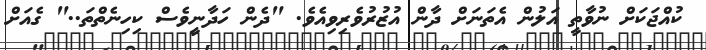
ކުއްޖަކަށް ނުވާތީ އަލުން އެތަނަށް ދާން އުޒުރުވެރިވިއެވެ. "ދެން ހަދާނީވެސް ކިހިނެތްތަ.." ގެއަށް